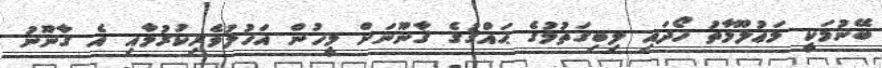
ބޭނުމަކީ މަޢުލޫމާތު ހޯދައި ލިބިގަތުމުގެ ޙައްޤުގެ ޤާނޫނަށް މީހުން އަހުލުވެރިކުރުމާއި އެ ގާނޫނު